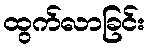
ထွက်လာခြင်း